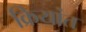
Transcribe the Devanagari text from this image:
क्रियांत